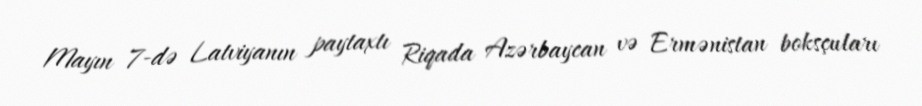
Mayın 7-də Latviyanın paytaxtı Riqada Azərbaycan və Ermənistan boksçuları